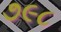
૭૯૮